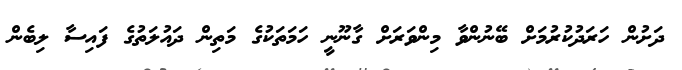
ދަށުން ހަރަދުކުރުމަށް ބޭނުންވާ މިންވަރަށް ގާނޫނީ ހަމަތަކުގެ މަތިން ދައުލަތުގެ ފައިސާ ލިބެން